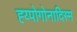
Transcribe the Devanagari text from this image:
ह्य्पोगोनादिस्म